system: You are a helpful assistant.
user:
Analyze the provided spectrum to determine if it is a **"Cataclysmic Variables (CV)"**.

- **Key Indicators for CV (Check for either state):**
    - **State 1: Quiescent / Low-State (Emission-Dominated)**
        - **(Primary):** Strong and *very broad* Hydrogen Balmer emission lines (e.g., $H\alpha$ at 6563 Å, $H\beta$ at 4861 Å). The 'broadness' (high velocity dispersion, often FWHM > 1000 km/s) is the key diagnostic, indicating a high-velocity accretion disk.
        - **(Secondary):** Broad neutral Helium (He I) emission lines (e.g., 5876 Å, 6678 Å).
        - **(Key Confirmation):** Presence of high-excitation *ionized* Helium (He II) emission at 4686 Å. This is a strong indicator of accretion onto a white dwarf.
        - **(Line Profile):** Emission lines may exhibit a 'double-peaked' profile, which is a classic signature of a rotating accretion disk viewed at high inclination.

    - **State 2: Outburst / High-State (Absorption-Dominated)**
        - **(Primary):** Spectrum is dominated by a bright, blue continuum (looks like a hot star).
        - **(Secondary):** The emission lines from State 1 are weak, absent, or 'filled in', and are replaced by broad, shallow *absorption* lines (primarily Balmer and He I).
        - **(Morphology):** The overall spectrum mimics a hot B/A-type star. The crucial difference is that the absorption lines are significantly broader, shallower, and more 'washed-out' (or 'smeared') than the sharp lines of a normal stellar photosphere, due to high rotational speeds and pressure broadening in the disk.

Think first, call **spectral_visualization_tool** if needed to examine features in detail, then provide your final answer. Your response must adhere to the following strict rules:
1.  **Overall Structure:** Your response must follow the format `<think>...</think> <tool_call>...</tool_call> (if a tool is used) <answer>...</answer>`.
2.  **Tool Usage Constraint:** You may only make **one** tool call per turn.
3.  **Final Answer Format:** In the `<answer>` tag, your conclusion must be inside a `\boxed{}` command (e.g., `\boxed{YES}`), followed by your justification.

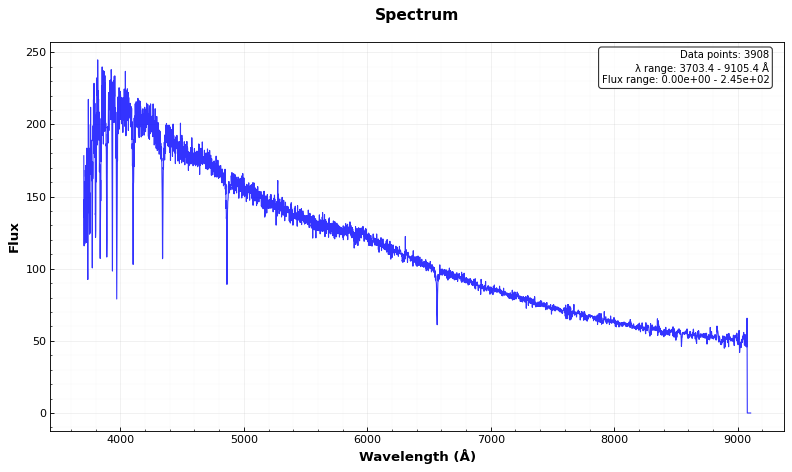
Answer: NO